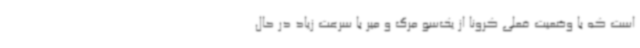
است که با وضعیت فعلی کرونا از یک‌سو مرگ و میر با سرعت زیاد در حال